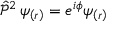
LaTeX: { \hat { \mathcal { P } } } ^ { 2 } \, \psi _ { \left( r \right) } = e ^ { i \phi } \psi _ { \left( r \right) }